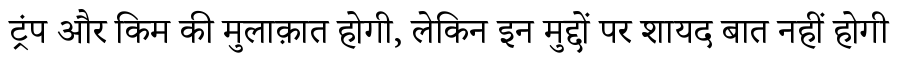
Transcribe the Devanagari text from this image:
ट्रंप और किम की मुलाक़ात होगी, लेकिन इन मुद्दों पर शायद बात नहीं होगी